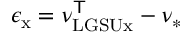
\epsilon _ { \mathrm { x } } = \nu _ { \mathrm { L G S U x } } ^ { \mathsf { T } } - \nu _ { \ast }